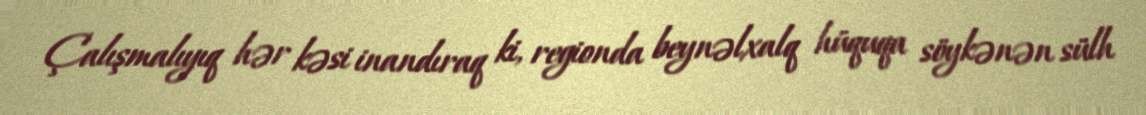
Çalışmalıyıq hər kəsi inandıraq ki, regionda beynəlxalq hüquqa söykənən sülh